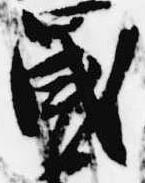
歳